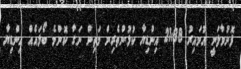
ފޮނުވާލަނީ އުމައިރު 21:38 އިންޑިޔާ ކުޅުންތެރިން މަތިން ނަގާ ކޮންމެ ބޯޅައެއް އިންޑިޔާ